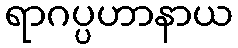
ရာဂပ္ပဟာနာယ